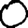
Digit: 0